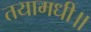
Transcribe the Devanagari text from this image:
तयामधी॥